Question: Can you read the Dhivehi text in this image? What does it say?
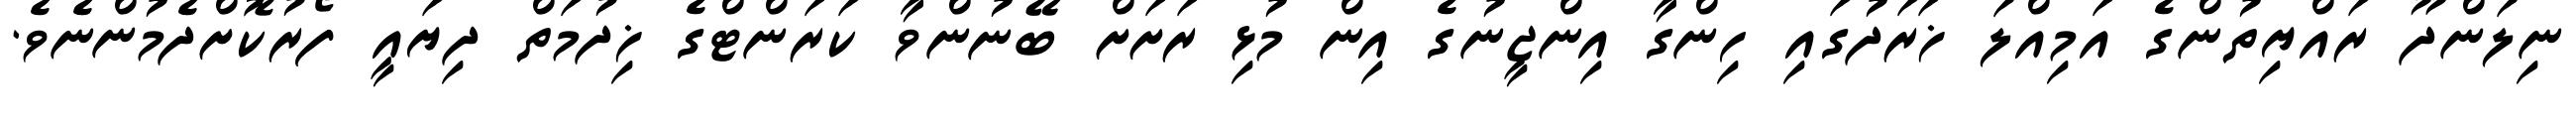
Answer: ނިލަންދޫ ރައްޔިތުންގެ އަމިއްލަ ޚަރަދުގައި ހިންގާ އިންޖީނުގެ އިން މުޅި ރަށަށް ބޭނުންވާ ކަރަންޓްގެ ޚިދުމަތް ދިޔައީ ފޯރުކޮށްދެމުންނެވެ.